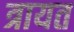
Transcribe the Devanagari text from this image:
त्रायत